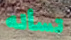
تسأله